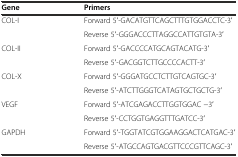
<table><thead><tr><td><b>Gene</b></td><td><b>Primers</b></td></tr></thead><tbody><tr><td rowspan="2">COL-I</td><td>Forward 5′-GACATGTTCAGCTTTGTGGACCTC-3′</td></tr><tr><td>Reverse 5′-GGGACCCTTAGGCCATTGTGTA-3′</td></tr><tr><td rowspan="2">COL-II</td><td>Forward 5′-GACCCCATGCAGTACATG-3′</td></tr><tr><td>Reverse 5′-GACGGTCTTGCCCCACTT-3′</td></tr><tr><td rowspan="2">COL-X</td><td>Forward 5′-GGGATGCCTCTTGTCAGTGC-3′</td></tr><tr><td>Reverse 5′-ATCTTGGGTCATAGTGCTGCTG-3′</td></tr><tr><td rowspan="2">VEGF</td><td>Forward 5′-ATCGAGACCTTGGTGGAC −3′</td></tr><tr><td>Reverse 5′-CCTGGTGAGGTTTGATCC-3′</td></tr><tr><td rowspan="2">GAPDH</td><td>Forward 5′-TGGTATCGTGGAAGGACTCATGAC-3′</td></tr><tr><td>Reverse 5′-ATGCCAGTGACGTTCCCGTTCAGC-3′</td></tr></tbody></table>